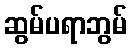
ဆွမ်ပရာဘွမ်